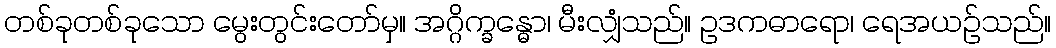
တစ်ခုတစ်ခုသော မွေးတွင်းတော်မှ။ အဂ္ဂိက္ခန္ဓော၊ မီးလျှံသည်။ ဥဒကဓာရော၊ ရေအယဉ်သည်။